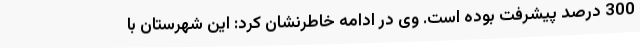
300 درصد پیشرفت بوده است. وی در ادامه خاطرنشان کرد: این شهرستان با